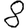
Digit: 8